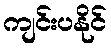
ကျင်းပနိုင်